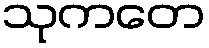
သုကတေ